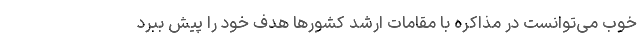
خوب می‌توانست در مذاکره با مقامات ارشد کشورها هدف خود را پیش ببرد